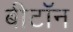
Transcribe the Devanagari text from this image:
बीटॉन